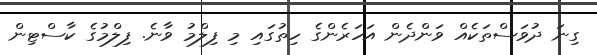
ގިނަ ދުވަސްތަކެއް ވަންދެން އަހަރެންގެ ހިތުގައި މި ފިލްމު ވާނެ. ފިލްމުގެ ކާސްޓިން